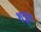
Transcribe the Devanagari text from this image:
शत्रूच